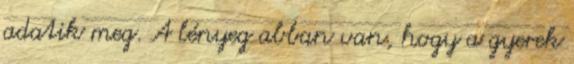
adatik meg. A lényeg abban van, hogy a gyerek